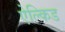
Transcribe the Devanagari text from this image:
ऐल्किड